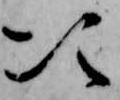
次